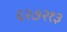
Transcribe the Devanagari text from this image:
६२७२१३